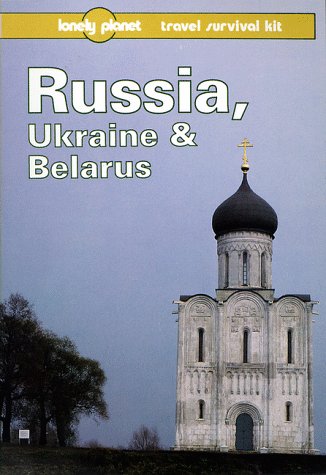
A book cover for Lonely Planet Russia, Ukraine and Belarus (Lonely Planet Travel Survival Kit); Richard Nebesky; Travel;